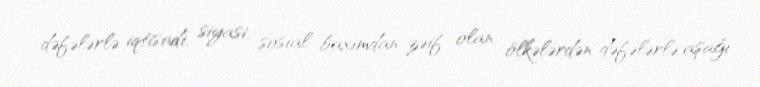
dəfələrlə iqtisadi, siyasi, sosial baxımdan zəif olan ölkələrdən dəfələrlə aşağı